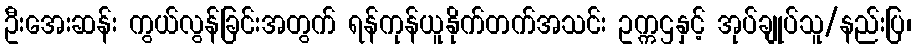
ဦးအေးဆန်း ကွယ်လွန်ခြင်းအတွက် ရန်ကုန်ယူနိုက်တက်အသင်း ဥက္ကဌနှင့် အုပ်ချုပ်သူ/နည်းပြ၊